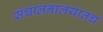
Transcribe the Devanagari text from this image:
संचालनालयातच